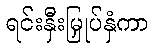
ရင်းနှီးမြှုပ်နှံကာ